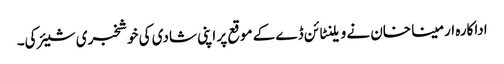
اداکارہ ارمینا خان نے ویلنٹائن ڈے کے موقع پر اپنی شادی کی خوشخبری شیئر کی۔